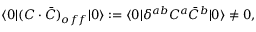
\langle 0 | ( C \cdot \bar { C } ) _ { o f f } | 0 \rangle : = \langle 0 | \delta ^ { a b } C ^ { a } \bar { C } ^ { b } | 0 \rangle \not = 0 ,